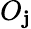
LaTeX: O_{\mathbf{j}}